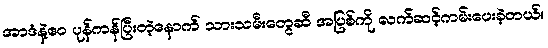
အာဒံနဲ့ဧဝ ပုန်ကန်ပြီးတဲ့နောက် သားသမီးတွေဆီ အပြစ်ကို လက်ဆင့်ကမ်းပေးခဲ့တယ်။